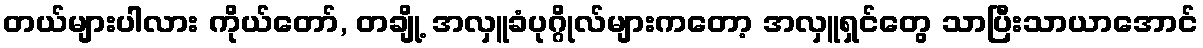
တယ်များပါလား ကိုယ်တော်, တချို့ အလှူခံပုဂ္ဂိုလ်များကတော့ အလှူရှင်တွေ သာပြီးသာယာအောင်